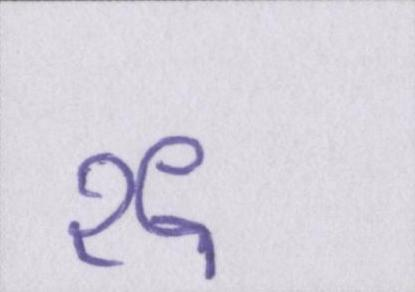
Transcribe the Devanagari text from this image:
१९